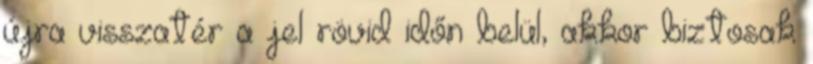
újra visszatér a jel rövid időn belül, akkor biztosak